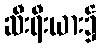
ဆီးရီးယား၌